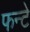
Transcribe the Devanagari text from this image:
फन्टे